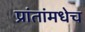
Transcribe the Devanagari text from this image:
प्रांतांमधेच